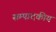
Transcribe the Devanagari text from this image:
सम्‍पादकीय